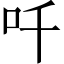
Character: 吀